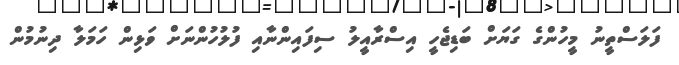
ފަލަސްތީނު މީހުންގެ ގަޔަށް ބަޑިޖެހީ އިސްރާއީލު ސިފައިންނާއި ފުލުހުންނަށް ވަޅިން ހަމަލާ ދިނުމުން